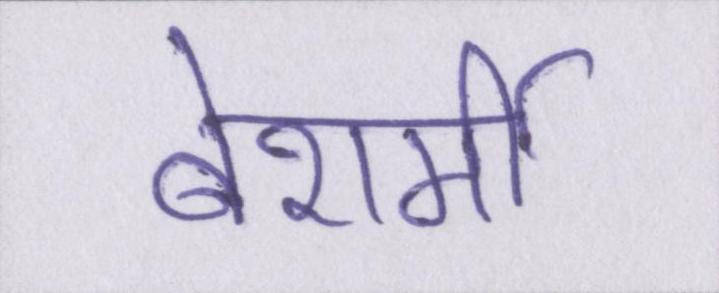
बेशर्मी